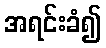
အရင်းခံ၍